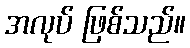
အလုပ် ဖြစ်သည်။